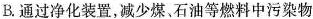
B.通过净化装置，减少煤、石油等燃料中污染物